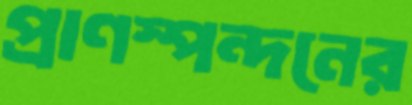
প্রাণস্পন্দনের